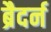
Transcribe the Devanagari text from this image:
ब्रैदर्न